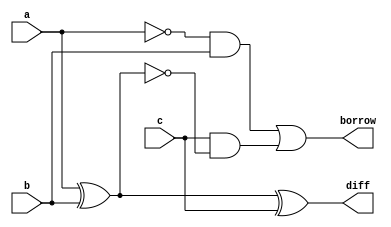
`timescale 1ns/1ps
module full_subtractor (input a, 
                       input b,
                       input c,
                       output diff,
                       output borrow);
assign diff = a^b^c;
 assign borrow = ((~a)&b) | c & (~(a^b));

endmodule